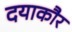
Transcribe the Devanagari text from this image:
दयाकौर